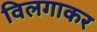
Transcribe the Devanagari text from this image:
विलगाकर